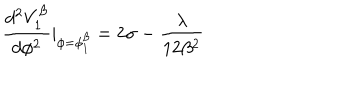
LaTeX: \frac { d ^ { 2 } V _ { 1 } ^ { \beta } } { d \phi ^ { 2 } } | _ { \phi = \phi _ { 1 } ^ { \beta } } = 2 \sigma - \frac { \lambda } { 1 2 \beta ^ { 2 } }